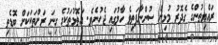
ރައްޔިތުންގެ ގެދޮރު މުޅިން ސުންނާފަތިވެ ހާލުގައި ޖެހުނެވެ. އަތޮޅުތަކުގެ ގިނަ ރަށްތަކަކަށް ބޮޑެތި